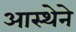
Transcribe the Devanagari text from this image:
आस्‍थेने